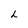
Character: L